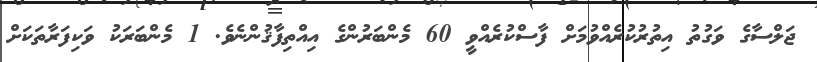
ޖަލްސާގެ ވަގުތު އިތުރުކުރެއްވުމަށް ފާސްކުރެއްވީ 60 މެންބަރުންގެ އިއްތިފާޤުންނެވެ. 1 މެންބަރަކު ވަކިފަރާތަކަށް